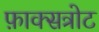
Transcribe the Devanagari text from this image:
फ़ाक्सत्रोट